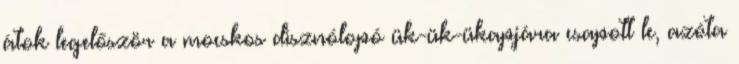
átok legelőször a mocskos disznólopó ük-ük-ükapjára csapott le, azóta